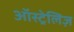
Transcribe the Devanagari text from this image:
ऑस्ट्रेलिज़